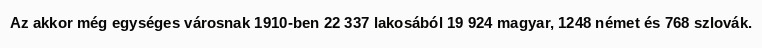
Az akkor még egységes városnak 1910-ben 22 337 lakosából 19 924 magyar, 1248 német és 768 szlovák.